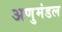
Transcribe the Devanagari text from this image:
अणुमंडल